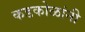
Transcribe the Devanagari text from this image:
कडकोळांनी